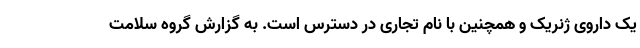
یک داروی ژنریک و همچنین با نام تجاری در دسترس است. به گزارش گروه سلامت